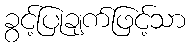
ခွင့်ပြုချက်ဖြင့်သာ